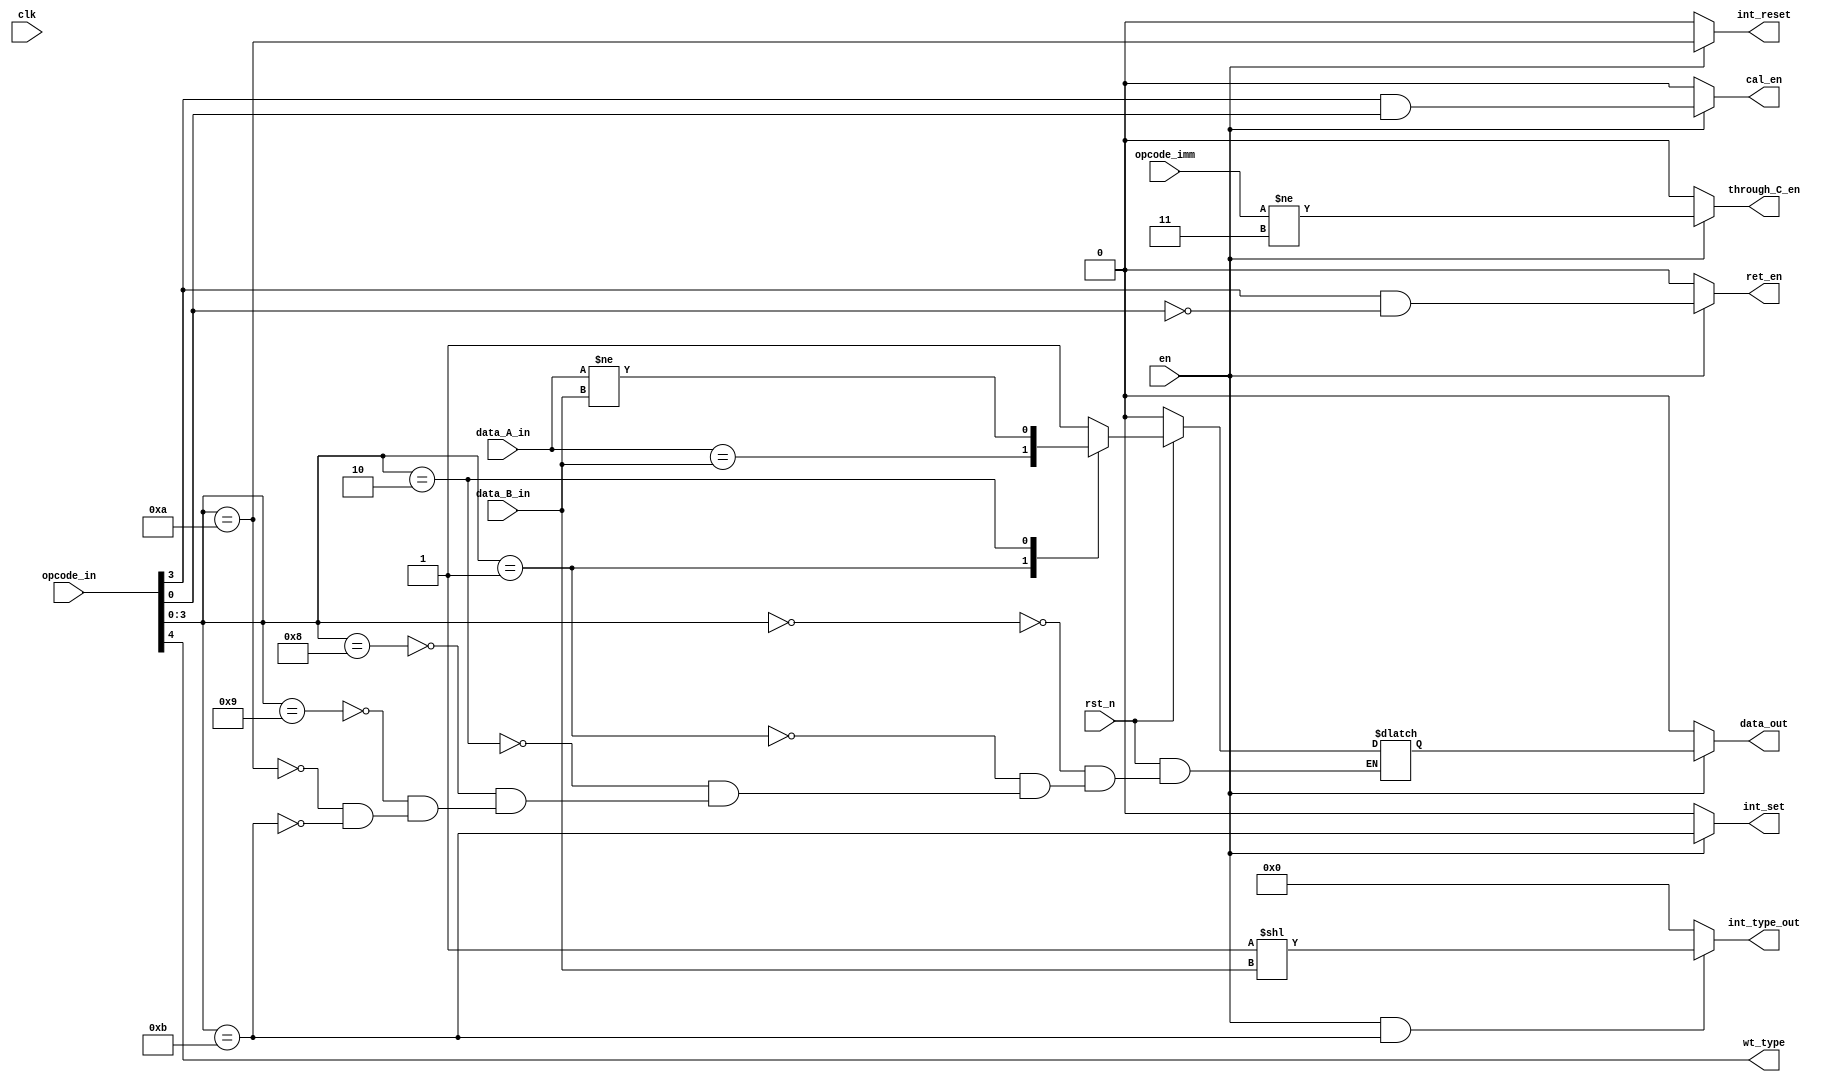
/*
COND cond(
    .en(),
    .clk(),
    .rst_n(),
    .opcode_in(),
    .data_A_in(),
    .data_B_in(),
    .data_out(),
    .wt_type(),
    .int_type_out()
);
*/

module COND
(
    input   wire        en,
    input   wire        clk,
    input   wire        rst_n,
    input   wire[5:0]   opcode_in,
    input   wire[31:0]  data_A_in, 
    input   wire[31:0]  data_B_in,
    output  wire        data_out,
    output  wire        wt_type,
    output  wire        cal_en,
    output  wire        ret_en,
    output  wire[31:0]  int_type_out,
    output  wire        int_reset,
    output  wire        int_set,

    input   wire[1:0]   opcode_imm,
    output  wire        through_C_en
);

    reg res;
    initial begin
        res <= 1'd0;
    end

    assign wt_type = opcode_in[4];
    assign data_out = en ? res : 1'b0;

    assign through_C_en = en ? opcode_imm != 2'b11 : 1'b0;

    assign cal_en = en ? (opcode_in[3] & opcode_in[0]) : 1'b0;
    assign ret_en = en ? (opcode_in[3] & ~opcode_in[0]): 1'b0;
    assign int_reset = en ? opcode_in[3:0] == 4'ha : 1'b0;
    assign int_set = en ? opcode_in[3:0] == 4'hb : 1'b0;

    always @(*) begin
        if (!rst_n) res <= 1'b0;
        else begin
            case (opcode_in[3:0])
                4'h0: res <= 1'b1;
                4'h1: res <= (data_A_in == data_B_in);
                4'h2: res <= (data_A_in != data_B_in);
//                4'h3: res <= (data_A_in > data_B_in);
//                4'h4: res <= (data_A_in < data_B_in);
//                4'h5: res <= (data_A_in >= data_B_in);
//                4'h6: res <= (data_A_in <= data_B_in);
                4'h8: res <= 1'b1;  //ret
                4'h9: res <= 1'b1;  //call
                4'ha: res <= 1'b1;  //iret
                4'hb: res <= 1'b1;  //int
                default: res <= res;
            endcase
        end
    end

    assign int_type_out = en && (opcode_in[3:0] == 4'hb) ? 32'b1 << data_B_in : 32'd0;

//    always @(negedge rst, posedge en, posedge int_rst) begin
//        if (!rst || int_rst) int <= 1'b0;
//        else begin
//            if (opcode_in[3:1] == 3'b010 && data_B_in == 32'd0) int <= 1'b1;
//            else int <= int;
//        end
//    end
endmodule